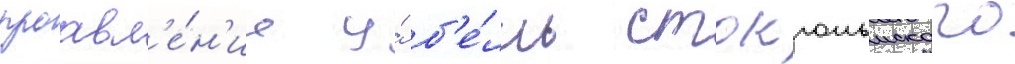
проавл'е́н'ие у́ б'е́лль стокгольмского